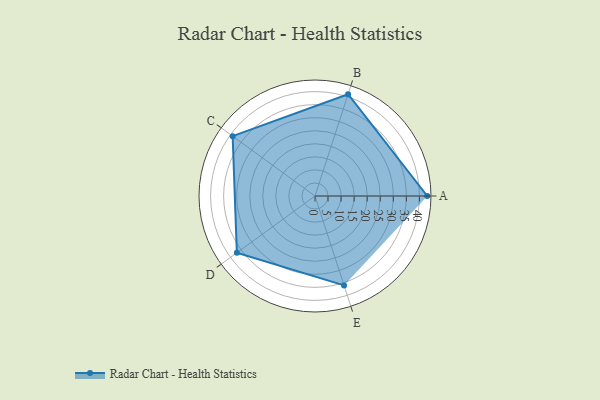
{"axis": {"x": "Skill", "y": "Score"}, "legend": ["Profile"], "data": [{"x": "A", "y": 43.0, "type": "Profile"}, {"x": "B", "y": 41.0, "type": "Profile"}, {"x": "C", "y": 39.0, "type": "Profile"}, {"x": "D", "y": 37.0, "type": "Profile"}, {"x": "E", "y": 36.0, "type": "Profile"}]}